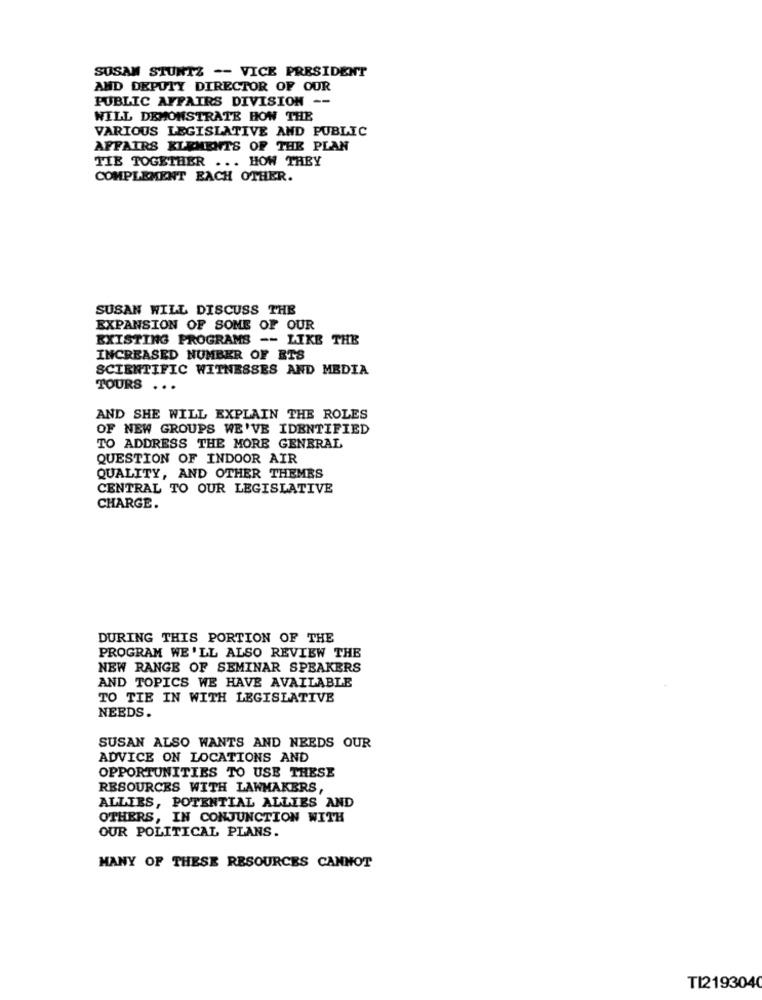
SUSAM STUNTZ -- VICE PRESIDENT
AND DEPUTY DIRECTOR OF OUR
PUBLIC AFFAIRS DIVISION --
WILL DEMONSTRATE HOW THE
VARIOUS LEGISLATIVE AND PUBLIC
AFFAIRS KLEMENTS OF THE PLAN
TIE TOGETHER ... HOW THEY
COMPLEMENT EACH OTHER.
SUSAN WILL DISCUSS THE
EXPANSION OF SOME OF OUR
EXISTING PROGRAMS -- LIKE THE
INCREASED NUMBER OF ETS
SCIENTIFIC WITNESSES AND MEDIA
TOURS ...
AND SHE WILL EXPLAIN THE ROLES
OF NEW GROUPS WE'VE IDENTIFIED
TO ADDRESS THE MORE GENERAL
QUESTION OF INDOOR AIR
QUALITY, AND OTHER THEMES
CENTRAL TO OUR LEGISLATIVE
CHARGE.
DURING THIS PORTION OF THE
PROGRAM WE'LL ALSO REVIEW THE
NEW RANGE OF SEMINAR SPEAKERS
AND TOPICS WE HAVE AVAILABLE
TO TIE IN WITH LEGISLATIVE
NEEDS.
SUSAN ALSO WANTS AND NEEDS OUR
ADVICE ON LOCATIONS AND
OPPORTUNITIES TO USE THESE
RESOURCES WITH LAWMAKERS,
ALLIES, POTENTIAL ALLIES AND
OTHERS, IN CONJUNCTION WITH
OUR POLITICAL PLANS.
MANY OF THESE RESOURCES CANNOT
TI2193040